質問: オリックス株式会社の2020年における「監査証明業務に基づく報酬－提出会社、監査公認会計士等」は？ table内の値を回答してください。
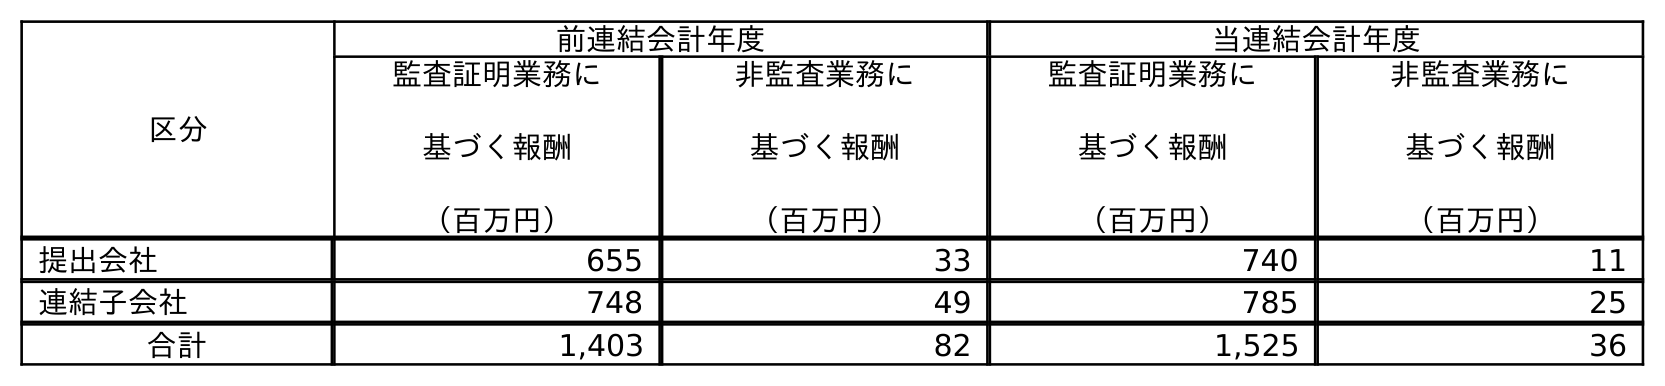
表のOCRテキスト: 区分 前連結会計年度 当連結会計年度 監査証明業務に 基づく報酬 （百万円） 非監査業務に 基づく報酬 （百万円） 監査証明業務に 基づく報酬 （百万円） 非監査業務に 基づく報酬 （百万円） 提出会社 655 33 740 11 連結子会社 748 49 785 25 合計 1,403 82 1,525 36
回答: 740